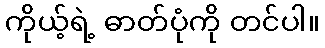
ကိုယ့်ရဲ့ ဓာတ်ပုံကို တင်ပါ။